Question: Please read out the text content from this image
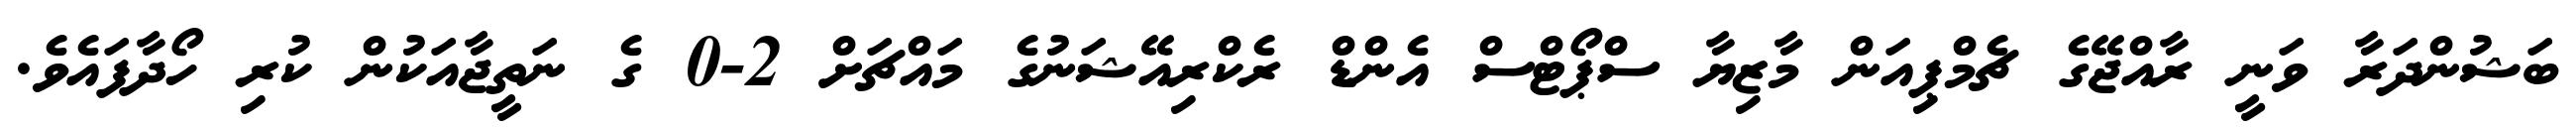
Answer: ބަޝުންދަރާ ވަނީ ރާއްޖޭގެ ޗެމްޕިއަން މާޒިޔާ ސްޕޯޓްސް އެންޑް ރެކްރިއޭޝަނުގެ މައްޗަށް 2-0 ގެ ނަތީޖާއަކުން ކުރި ހޯދާފައެވެ.